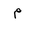
Letter: _mim